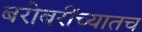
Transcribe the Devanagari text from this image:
बरोबरींच्यातच